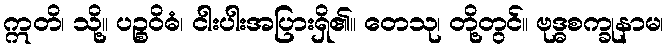
ဣတိ၊ သို့။ ပဉ္စဝိဓံ၊ ငါးပါးအပြားရှိ၏။ တေသု၊ တို့တွင်။ ဗုဒ္ဓစက္ခုနာမ၊